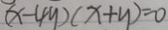
( x - 4 y ) ( x + y ) = 0